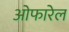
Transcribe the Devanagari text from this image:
ओफारेल